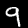
Digit: 9